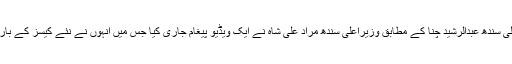
ترجمان وزیراعلیٰ سندھ عبدالرشید چنا کے مطابق وزیراعلیٰ سندھ مراد علی شاہ نے ایک ویڈیو پیغام جاری کیا جس میں انہوں نے نئے کیسز کے بارے میں آگاہ کیا۔